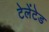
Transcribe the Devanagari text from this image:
टेलेंटेड